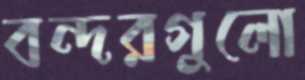
বন্দরগুলো